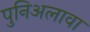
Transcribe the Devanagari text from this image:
पुनिअलावा